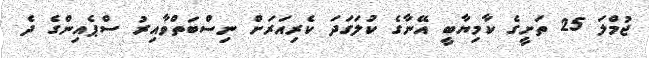
ޖުމްލަ 25 ތަށީގެ ކާމިޔާބީ އޭނާގެ ކުލަގަދަ ކެރިއަރަށް ނިސްބަތްވާއިރު ސްޕެއިންގެ ދެ